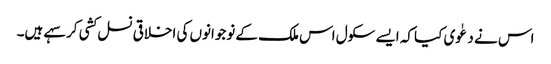
اس نے دعٰوی کیا کہ ایسے سکول اس ملک کے نوجوانوں کی اخلاقی نسل کشی کر سہے ہیں۔